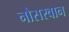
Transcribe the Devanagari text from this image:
नौसरवान